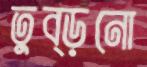
তুব্‌ড়নো